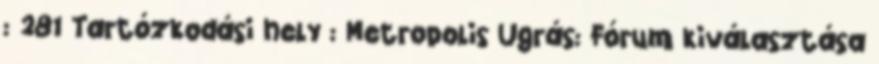
: 281 Tartózkodási hely : Metropolis Ugrás: Fórum kiválasztása